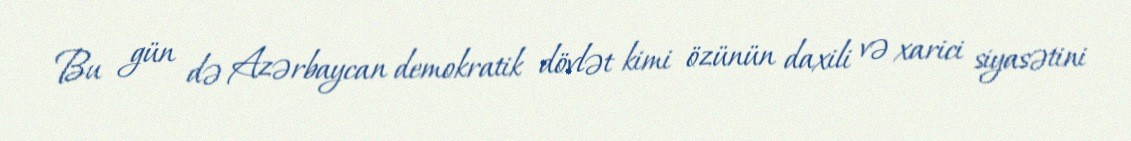
Bu gün də Azərbaycan demokratik dövlət kimi özünün daxili və xarici siyasətini